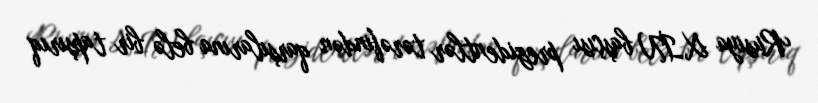
Rusiya XİN başçısı prezidentlər tərəfindən qarşılarına belə bir tapşırıq